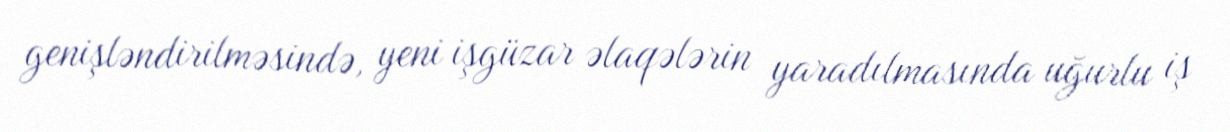
genişləndirilməsində, yeni işgüzar əlaqələrin yaradılmasında uğurlu iş